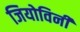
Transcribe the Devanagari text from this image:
जियोविनी